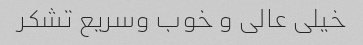
خیلی عالی و خوب وسریع تشکر